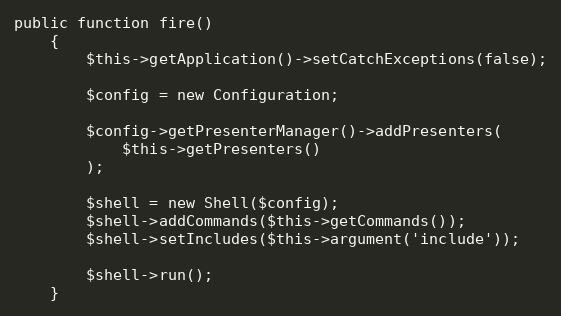
Language: PHP
public function fire()
	{
		$this->getApplication()->setCatchExceptions(false);

		$config = new Configuration;

		$config->getPresenterManager()->addPresenters(
			$this->getPresenters()
		);

		$shell = new Shell($config);
		$shell->addCommands($this->getCommands());
		$shell->setIncludes($this->argument('include'));

		$shell->run();
	}